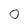
Character: 0